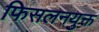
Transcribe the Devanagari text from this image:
फिसलनयुक्त